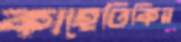
কাহেতিকির